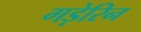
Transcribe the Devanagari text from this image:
गड़ेरिन